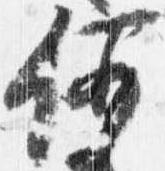
何